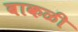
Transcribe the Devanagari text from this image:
बाकळी